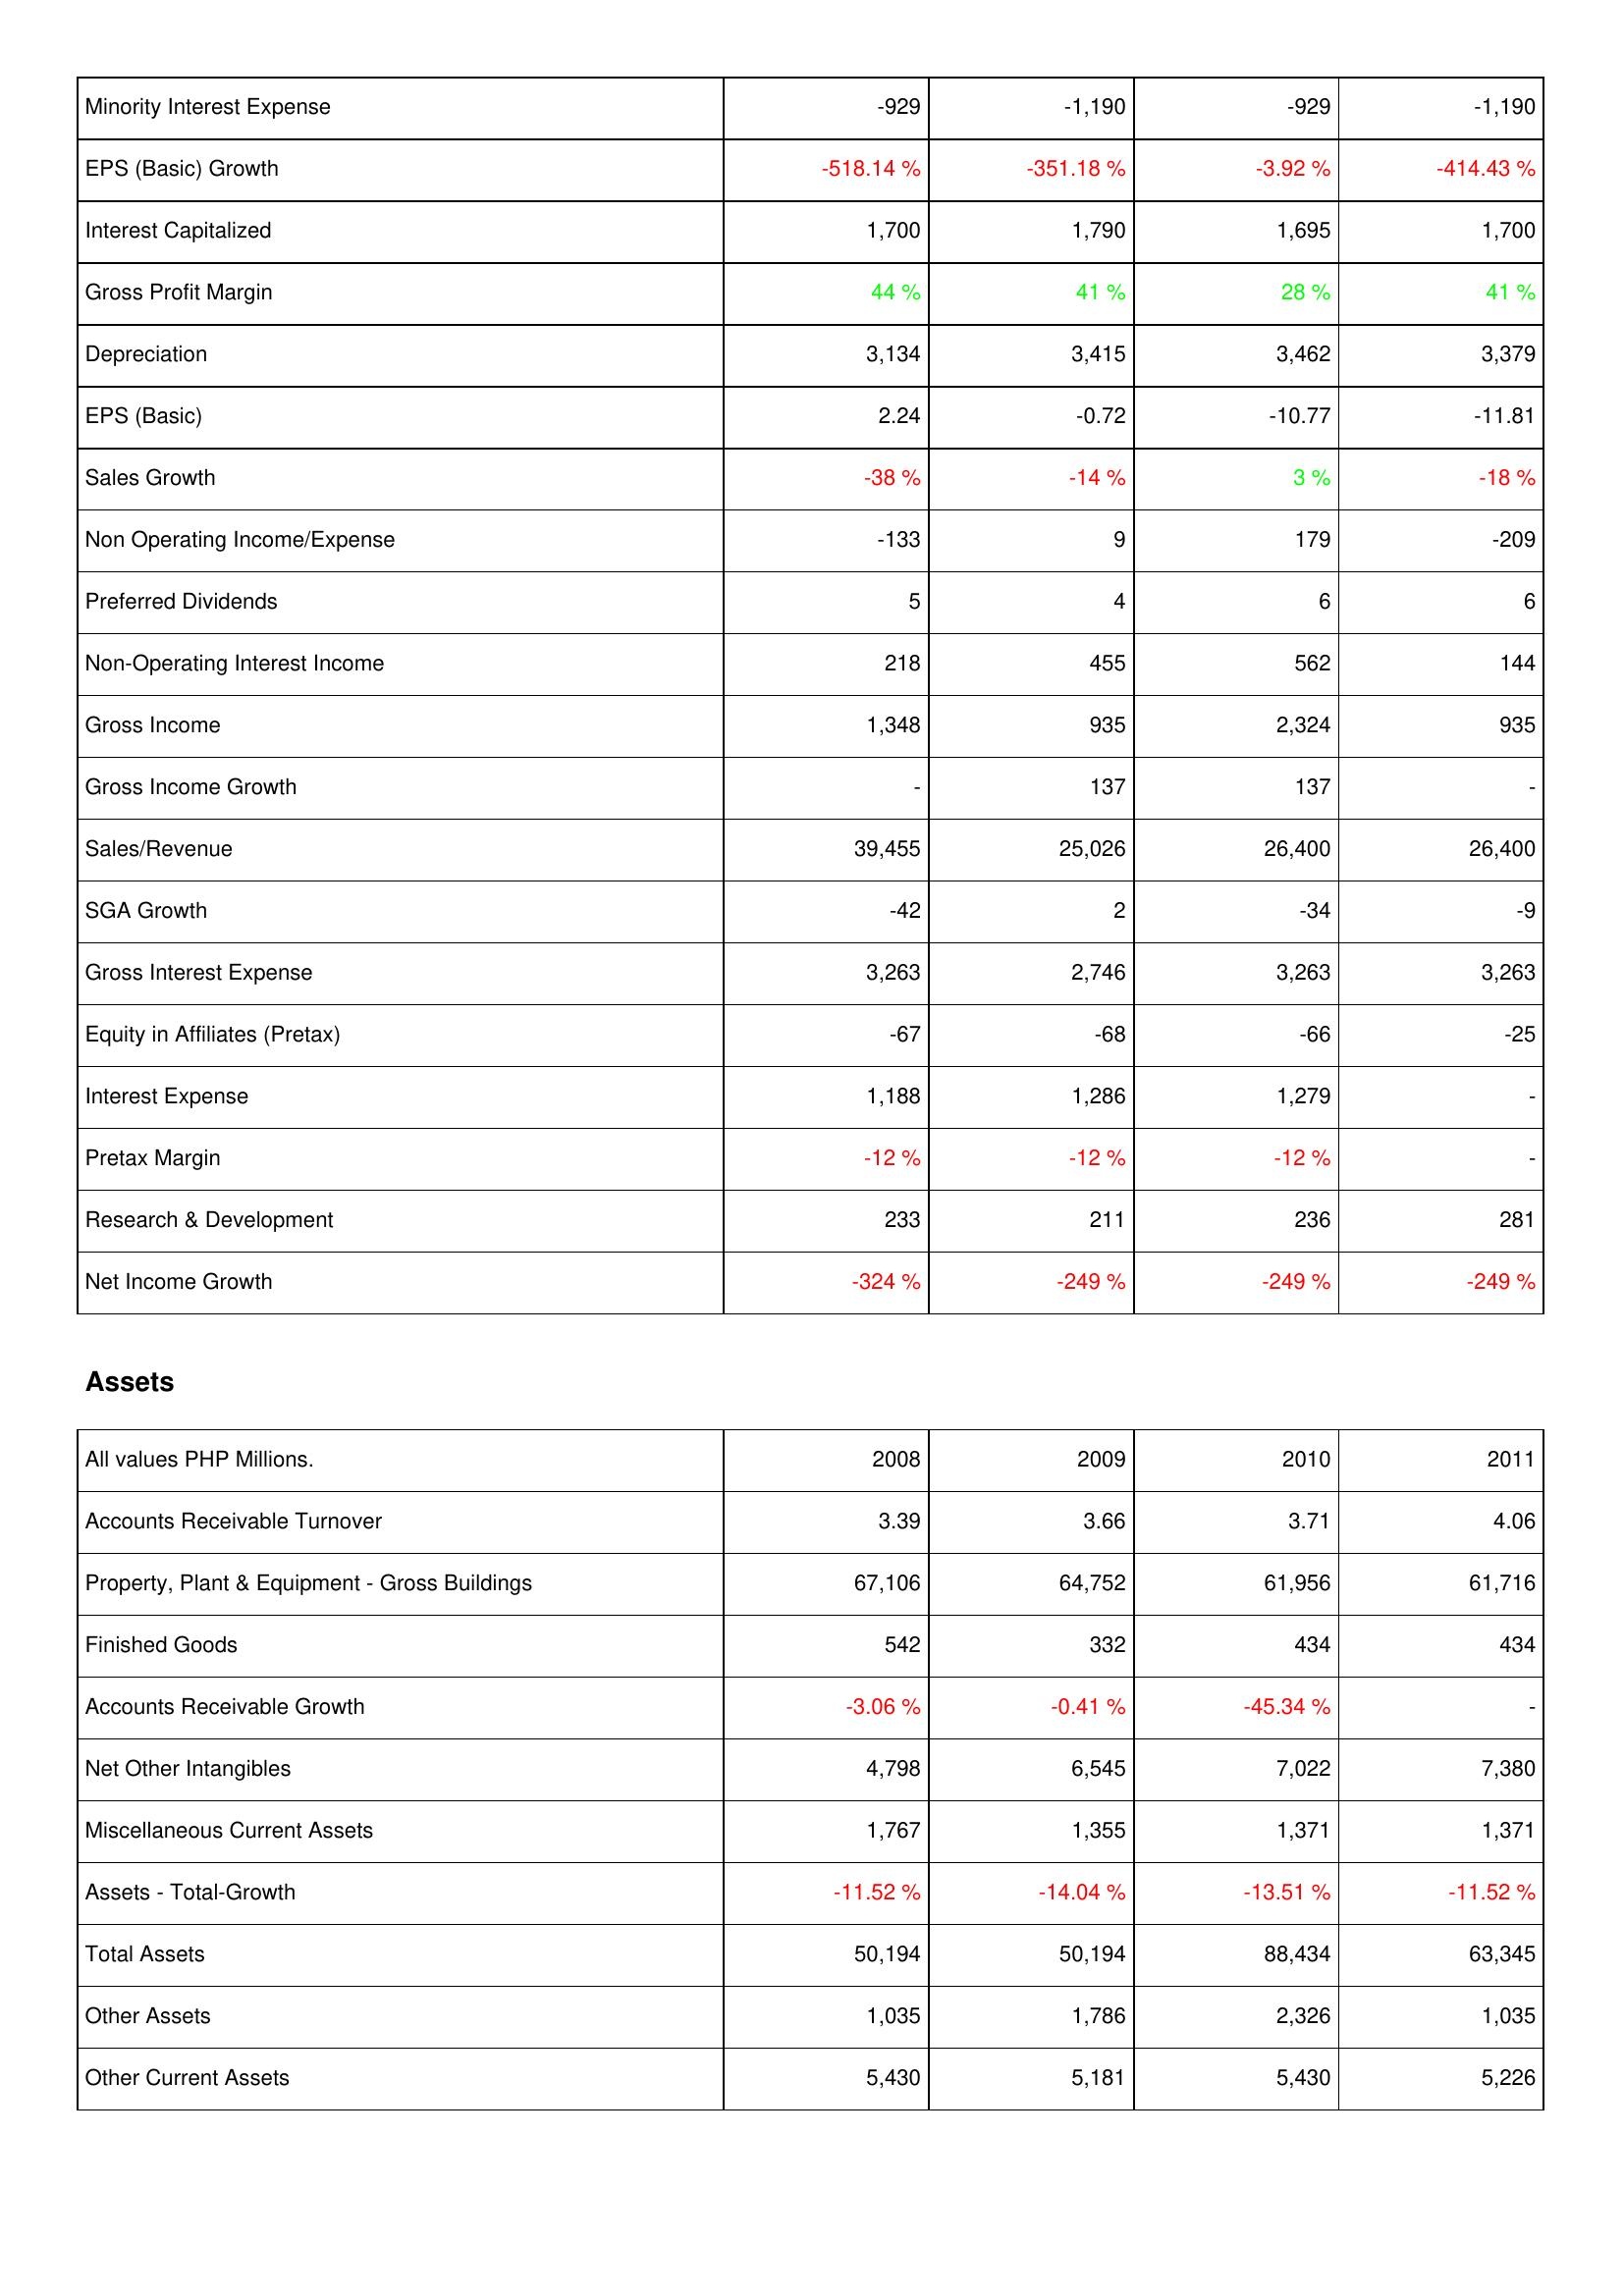
2008: Income Statement: Minority Interest Expense: -929
EPS (Basic) Growth: -518.14 %
Interest Capitalized: 1,700
Gross Profit Margin: 44 %
Depreciation: 3,134
EPS (Basic): 2.24
Sales Growth: -38 %
Non Operating Income/Expense: -133
Preferred Dividends: 5
Non-Operating Interest Income: 218
Gross Income: 1,348
Gross Income Growth: -
Sales/Revenue: 39,455
SGA Growth: -42
Gross Interest Expense: 3,263
Equity in Affiliates (Pretax): -67
Interest Expense: 1,188
Pretax Margin: -12 %
Research & Development: 233
Net Income Growth: -324 %
Assets: Accounts Receivable Turnover: 3.39
Property, Plant & Equipment - Gross Buildings: 67,106
Finished Goods: 542
Accounts Receivable Growth: -3.06 %
Net Other Intangibles: 4,798
Miscellaneous Current Assets: 1,767
Assets - Total-Growth: -11.52 %
Total Assets: 50,194
Other Assets: 1,035
Other Current Assets: 5,430
2009: Income Statement: Minority Interest Expense: -1,190
EPS (Basic) Growth: -351.18 %
Interest Capitalized: 1,790
Gross Profit Margin: 41 %
Depreciation: 3,415
EPS (Basic): -0.72
Sales Growth: -14 %
Non Operating Income/Expense: 9
Preferred Dividends: 4
Non-Operating Interest Income: 455
Gross Income: 935
Gross Income Growth: 137
Sales/Revenue: 25,026
SGA Growth: 2
Gross Interest Expense: 2,746
Equity in Affiliates (Pretax): -68
Interest Expense: 1,286
Pretax Margin: -12 %
Research & Development: 211
Net Income Growth: -249 %
Assets: Accounts Receivable Turnover: 3.66
Property, Plant & Equipment - Gross Buildings: 64,752
Finished Goods: 332
Accounts Receivable Growth: -0.41 %
Net Other Intangibles: 6,545
Miscellaneous Current Assets: 1,355
Assets - Total-Growth: -14.04 %
Total Assets: 50,194
Other Assets: 1,786
Other Current Assets: 5,181
2010: Income Statement: Minority Interest Expense: -929
EPS (Basic) Growth: -3.92 %
Interest Capitalized: 1,695
Gross Profit Margin: 28 %
Depreciation: 3,462
EPS (Basic): -10.77
Sales Growth: 3 %
Non Operating Income/Expense: 179
Preferred Dividends: 6
Non-Operating Interest Income: 562
Gross Income: 2,324
Gross Income Growth: 137
Sales/Revenue: 26,400
SGA Growth: -34
Gross Interest Expense: 3,263
Equity in Affiliates (Pretax): -66
Interest Expense: 1,279
Pretax Margin: -12 %
Research & Development: 236
Net Income Growth: -249 %
Assets: Accounts Receivable Turnover: 3.71
Property, Plant & Equipment - Gross Buildings: 61,956
Finished Goods: 434
Accounts Receivable Growth: -45.34 %
Net Other Intangibles: 7,022
Miscellaneous Current Assets: 1,371
Assets - Total-Growth: -13.51 %
Total Assets: 88,434
Other Assets: 2,326
Other Current Assets: 5,430
2011: Income Statement: Minority Interest Expense: -1,190
EPS (Basic) Growth: -414.43 %
Interest Capitalized: 1,700
Gross Profit Margin: 41 %
Depreciation: 3,379
EPS (Basic): -11.81
Sales Growth: -18 %
Non Operating Income/Expense: -209
Preferred Dividends: 6
Non-Operating Interest Income: 144
Gross Income: 935
Gross Income Growth: -
Sales/Revenue: 26,400
SGA Growth: -9
Gross Interest Expense: 3,263
Equity in Affiliates (Pretax): -25
Interest Expense: -
Pretax Margin: -
Research & Development: 281
Net Income Growth: -249 %
Assets: Accounts Receivable Turnover: 4.06
Property, Plant & Equipment - Gross Buildings: 61,716
Finished Goods: 434
Accounts Receivable Growth: -
Net Other Intangibles: 7,380
Miscellaneous Current Assets: 1,371
Assets - Total-Growth: -11.52 %
Total Assets: 63,345
Other Assets: 1,035
Other Current Assets: 5,226